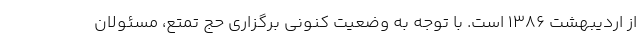
از اردیبهشت ۱۳۸۶ است. با توجه به وضعیت کنونی برگزاری حج تمتع، مسئولان